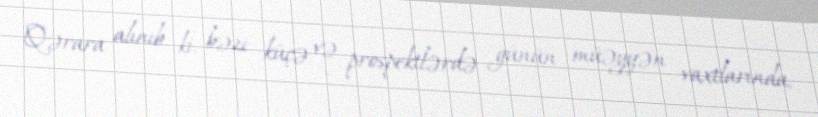
Qərara alınıb ki, bəzi küçə və prospektlərdə günün müəyyən vaxtlarında,